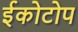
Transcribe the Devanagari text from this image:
ईकोटोप